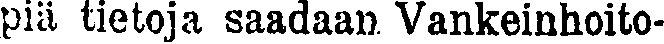
piä tietoja saadaan Vankeinhoito-